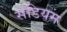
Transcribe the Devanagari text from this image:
सेडियम